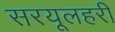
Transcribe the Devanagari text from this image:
सरयूलहरी